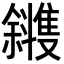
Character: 𪯰